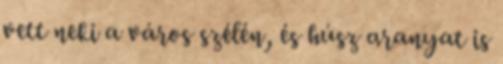
vett neki a város szélén, és húsz aranyat is